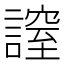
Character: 𧫡